38_143685_box_Incident_Summaries_101-172
Agency: Department of War
Page 168
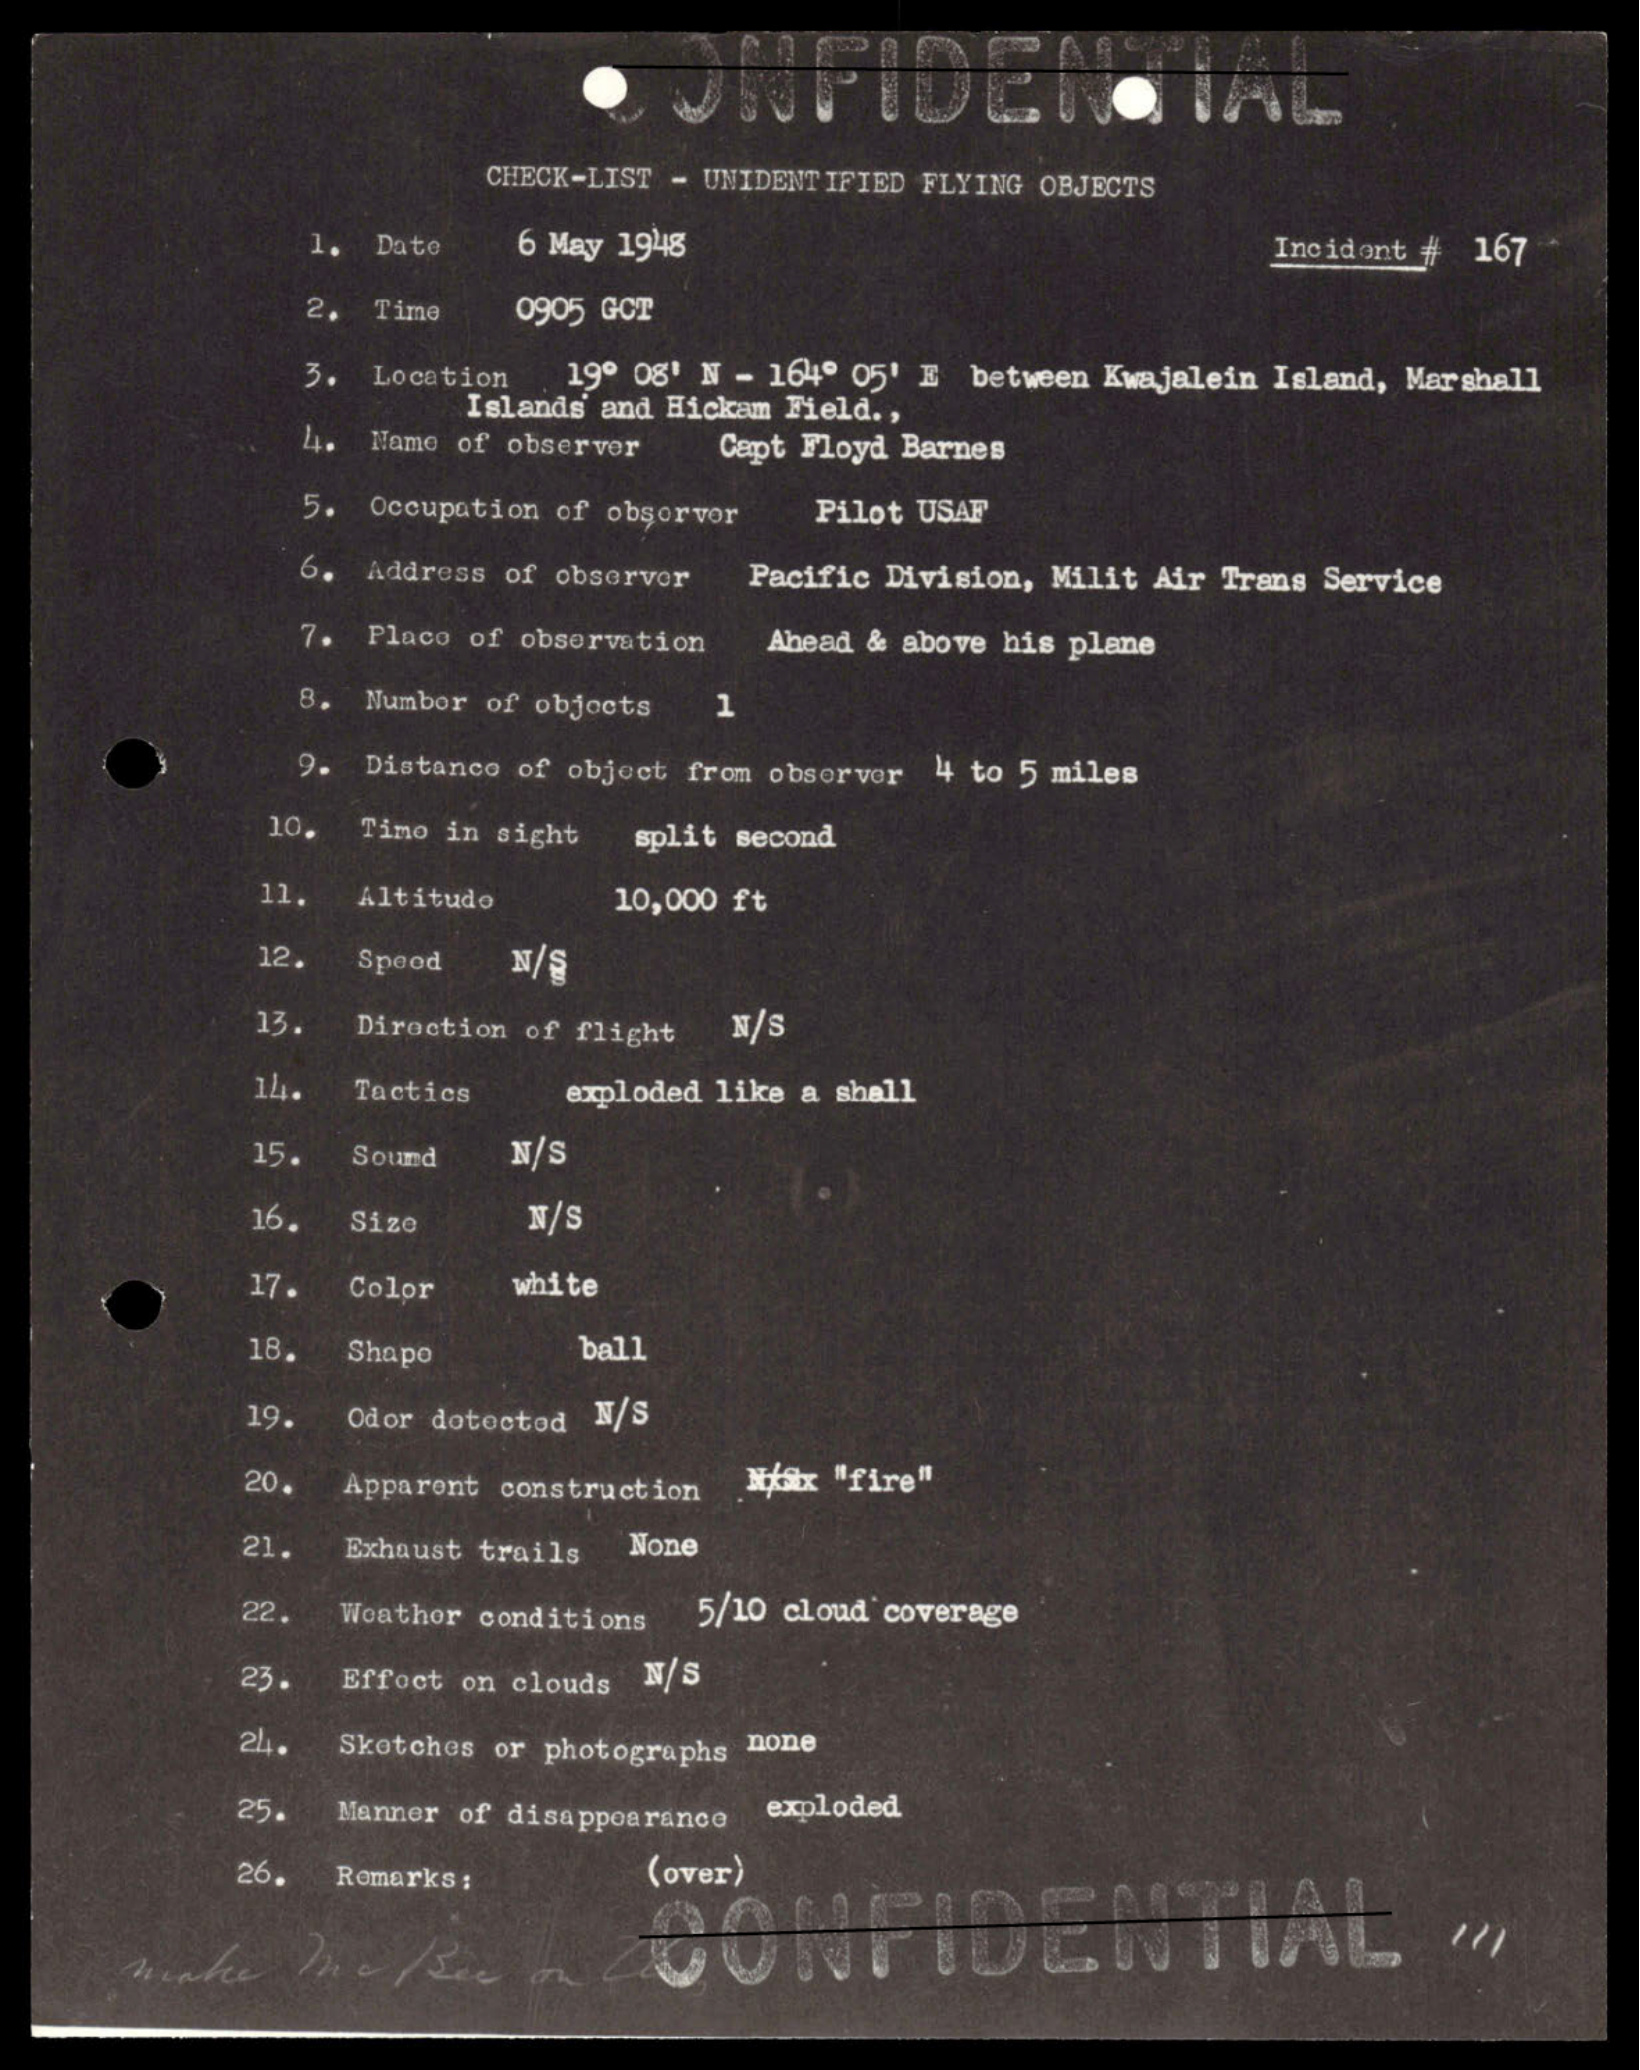